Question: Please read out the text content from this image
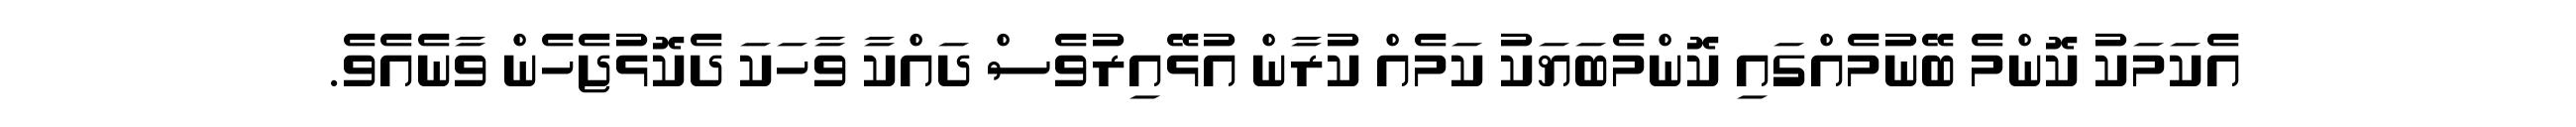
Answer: އެކަމަކު ކޮންމެ ބޭނުމެއްގައި ކޮންމެބަޔަކު ކަމެއް ކުރާން އުޅޭއިރުވެސް ދައްކާ ވާހަކަ ދެކޮޅުޖެހެން ވާނެއެވެ.